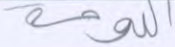
اللوحة